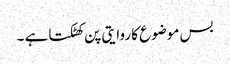
بس موضوع کا روایتی پن کھٹکتا ہے ۔